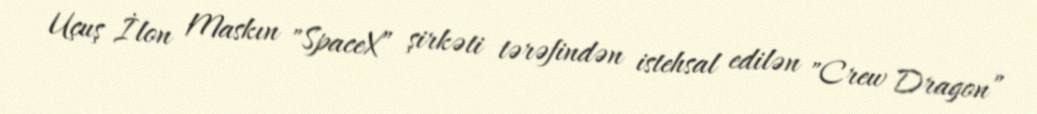
Uçuş İlon Maskın "SpaceX” şirkəti tərəfindən istehsal edilən "Crew Dragon”